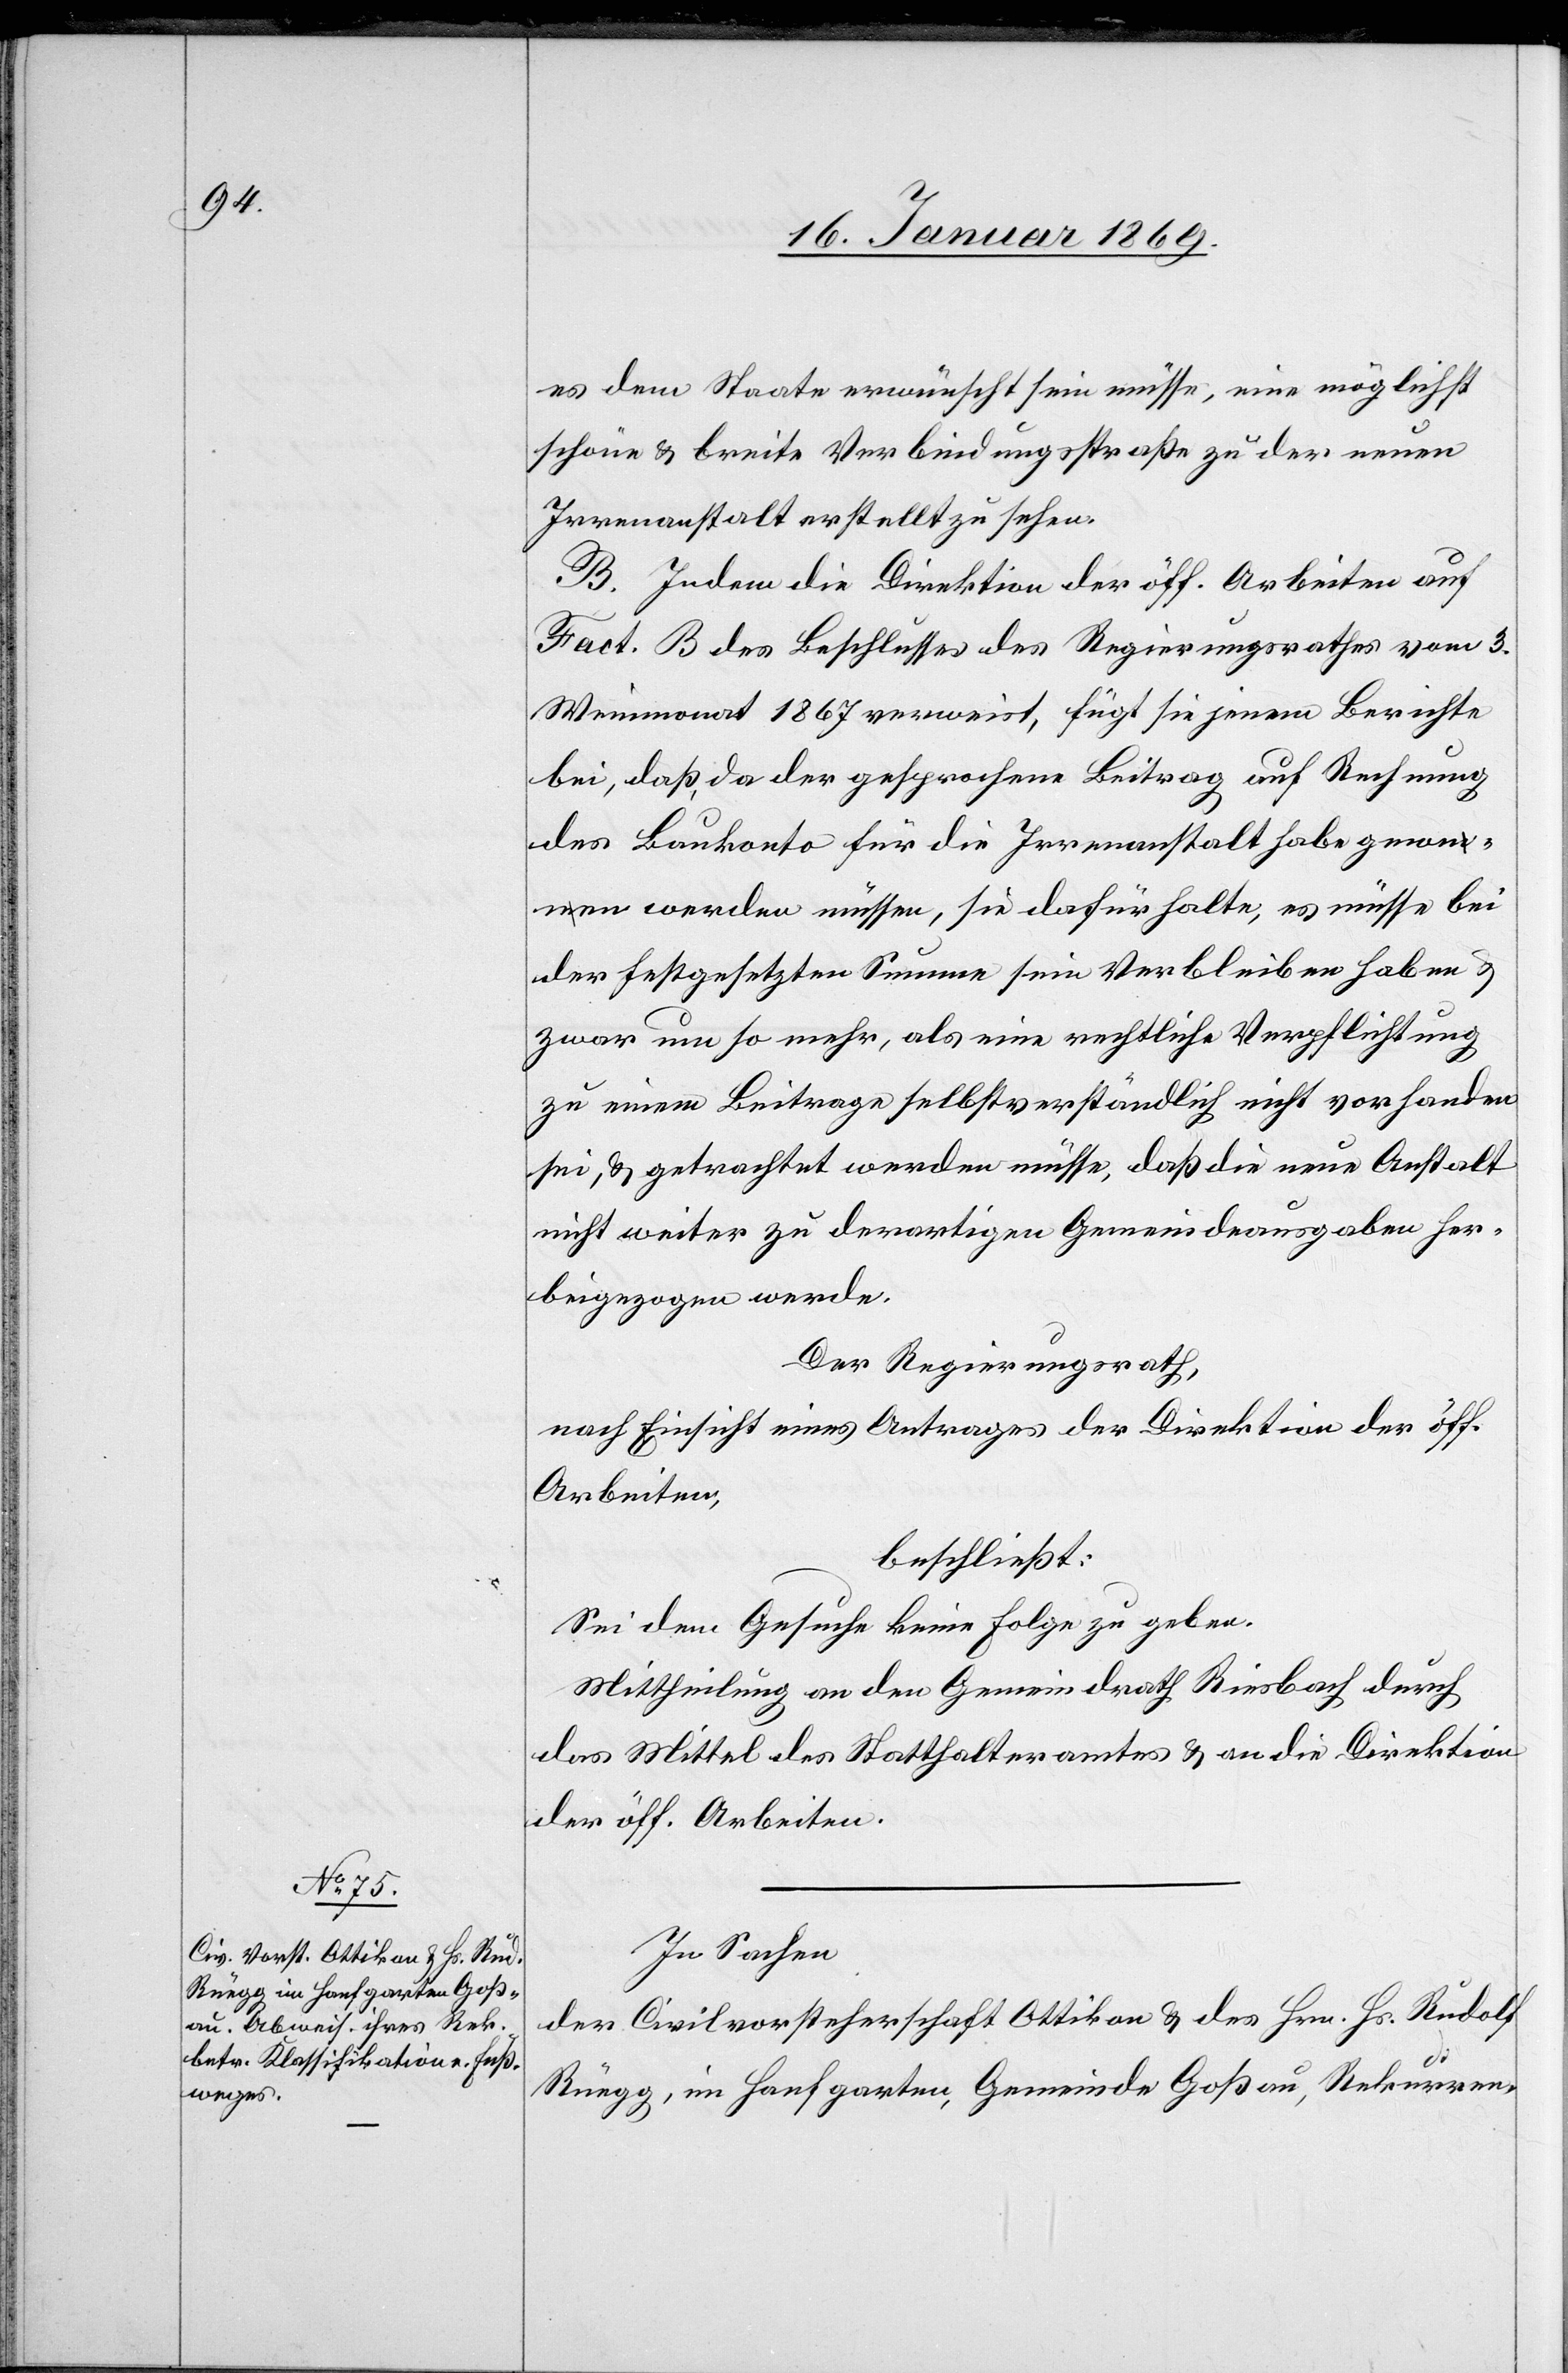
es dem Staate erwünscht sein müsse, eine möglichst
schöne u. breite Verbindungsstraße zu der neuen
Irrenanstalt erstellt zu sehen.
B. Indem die Direktion der öff. Arbeiten auf
Fact. B des Beschlusses des Regierungsrathes vom 3.
Weinmonat 1867 verweist, fügt sie jenem Berichte
bei, daß, da der gesprochene Beitrag auf Rechnung
des Baukonto für die Irrenanstalt habe genom¬
men werden müssen, sie dafür halte, es müsse bei
der festgesetzten Summe sein Verbleiben haben u.
zwar um so mehr, als eine rechtliche Verpflichtung
zu einem Beitrage selbstverständlich nicht vorhanden
sei u. getrachtet werden müsse, daß die neue Anstalt
nicht weiter zu derartigen Gemeindsausgaben her¬
beigezogen werde.
Der Regierungsrath,
nach Einsicht eines Antrages der Direktion der öff.
Arbeiten,
beschließt:
Sei dem Gesuche keine Folge zu geben.
Mittheilung an den Gemeindrath Riesbach durch
das Mittel des Statthalteramtes u. an die Direktion
der öff. Arbeiten.
In Sachen,
der Civilvorsteherschaft Ottikon u. des Hrn. Hs. Rudolf
Rüegg, im Hanfgarten, Gemeinde Goßau, Rekurren-